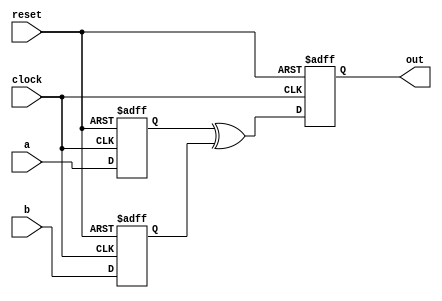
module xor_gate_delay (
    input wire a,
    input wire b,
    output reg out,
    input wire clock,
    input wire reset
);

reg delayed_a, delayed_b;

// Delay elements for input signals
always @(posedge clock or posedge reset) begin
    if (reset) begin
        delayed_a <= 1'b0;
        delayed_b <= 1'b0;
    end else begin
        delayed_a <= a;
        delayed_b <= b;
    end
end

// XOR gate operation with delayed inputs
always @(posedge clock or posedge reset) begin
    if (reset) begin
        out <= 1'b0;
    end else begin
        out <= delayed_a ^ delayed_b;
    end
end

endmodule